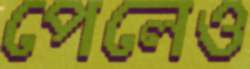
পেলেও